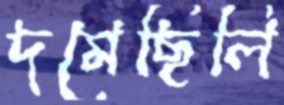
দমেছিলি